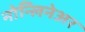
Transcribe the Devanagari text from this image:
नोन्लिनेअर